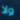
ولا